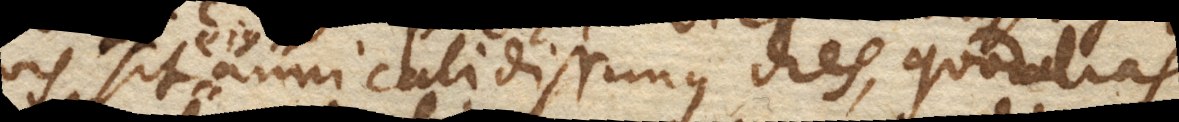
quis sit ejus anni calidissimus dies, quod alias